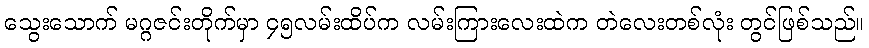
သွေးသောက် မဂ္ဂဇင်းတိုက်မှာ ၄၅လမ်းထိပ်က လမ်းကြားလေးထဲက တဲလေးတစ်လုံး တွင်ဖြစ်သည်။